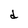
Character: d